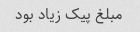
مبلغ پیک زیاد بود